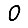
Digit: 0